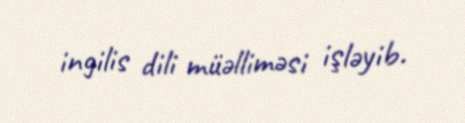
ingilis dili müəlliməsi işləyib.